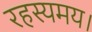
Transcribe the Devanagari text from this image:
रहस्यमय।